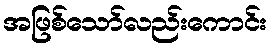
အဖြစ်သော်လည်းကောင်း